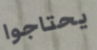
يحتاجوا